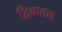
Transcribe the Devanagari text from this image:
द्विकतल